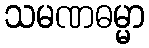
သမဏဓမ္မာ